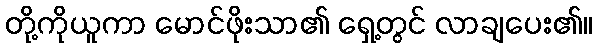
တို့ကိုယူကာ မောင်ဖိုးသာ၏ ရှေ့တွင် လာချပေး၏။